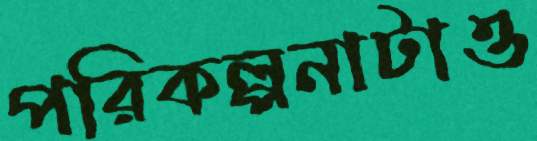
পরিকল্পনাটাও